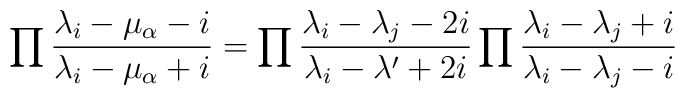
\prod{\lambda_i-\mu_\alpha-i\over \lambda_i-\mu_\alpha+i}=\prod {\lambda_i-\lambda_j-2i\over\lambda_i-\lambda'+2i}\prod{\lambda_i-\lambda_j+i\over\lambda_i-\lambda_j-i}